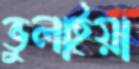
ভুলাইয়া